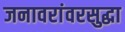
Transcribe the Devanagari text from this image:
जनावरांवरसुद्धा